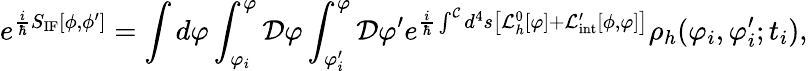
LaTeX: e^{{\frac{i}{\hbar}}S_{\mathrm{IF}}[\phi,\phi^{\prime}]}=\int d\varphi\int_{\varphi_{i}}^{\varphi}{\cal D}\varphi\int_{\varphi_{i}^{\prime}}^{\varphi}{\cal D}\varphi^{\prime}e^{{\frac{i}{\hbar}}\int^{\cal C}d^{4}s\left[{\cal L}_{h}^{0}[\varphi]+{\cal L}_{\mathrm{int}}^{\prime}[\phi,\varphi]\right]}\rho_{h}(\varphi_{i},\varphi_{i}^{\prime};t_{i}),